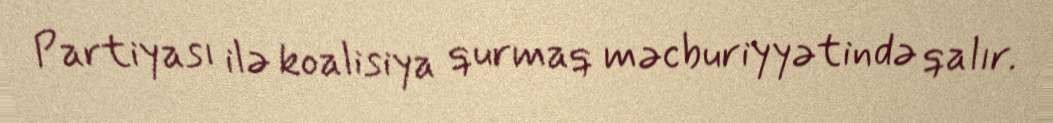
Partiyası ilə koalisiya qurmaq məcburiyyətində qalır.